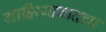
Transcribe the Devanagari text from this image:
गाझियाबादचा